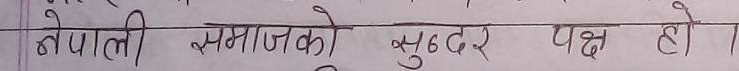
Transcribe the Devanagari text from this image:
नेपाली समाजको सुन्दर पक्ष हो।